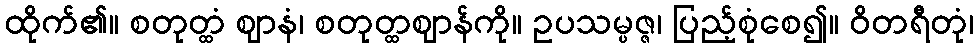
ထိုက်၏။ စတုတ္ထံ ဈာနံ၊ စတုတ္ထဈာန်ကို။ ဥပသမ္ပဇ္ဇ၊ ပြည့်စုံစေ၍။ ဝိတရီတုံ၊